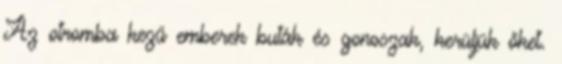
Az otromba kezű emberek buták és gonoszak, kerüljük őket.